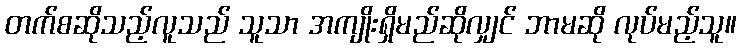
တက်စဆိုသည့်လူသည် သူသာ အကျိုးရှိမည်ဆိုလျှင် ဘာမဆို လုပ်မည့်သူ။